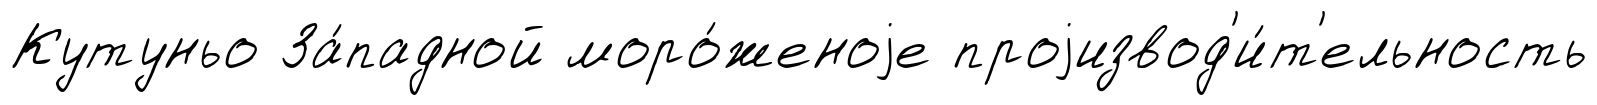
Кутуньо За́падной моро́женоjе проjизвод'и́т'ельность